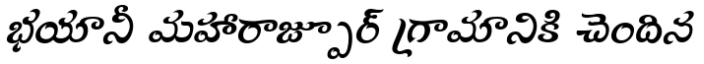
భయానీ మహారాజ్పూర్ గ్రామానికి చెందిన